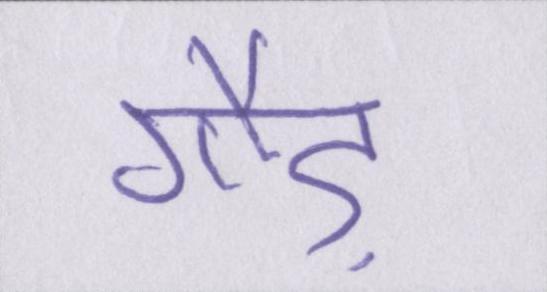
गौड़